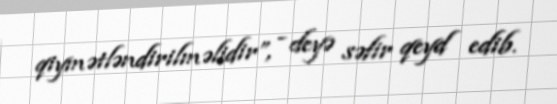
qiymətləndirilməlidir”, - deyə səfir qeyd edib.